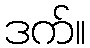
ဒက်။